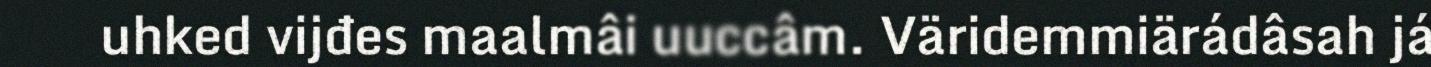
uhked vijđes maalmâi uuccâm. Väridemmiärádâsah já